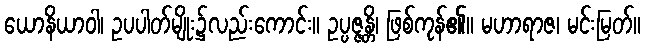
ယောနိယာဝါ၊ ဥပပါတ်မျိုး၌လည်းကောင်း။ ဥပ္ပဇ္ဇန္တိ၊ ဖြစ်ကုန်၏။ မဟာရာဇ၊ မင်းမြတ်။